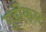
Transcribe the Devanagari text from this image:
गुडीकस्ट